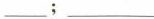
___;___